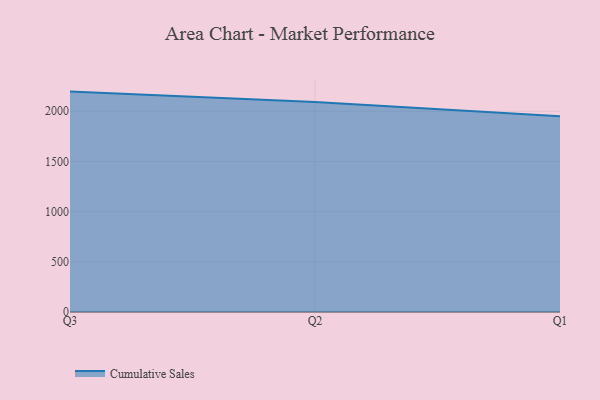
{"axis": {"x": "Quarter", "y": "Bounce Rate (%)"}, "legend": ["Cumulative Sales"], "data": [{"x": "Q3", "y": 2196.2, "type": "Cumulative Sales"}, {"x": "Q2", "y": 2092.7, "type": "Cumulative Sales"}, {"x": "Q1", "y": 1951.5, "type": "Cumulative Sales"}]}